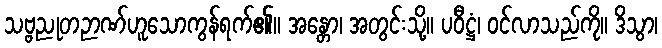
သဗ္ဗညုတဉာဏ်ဟူသောကွန်ရက်၏။ အန္တော၊ အတွင်းသို့။ ပဝီဋ္ဌံ၊ ဝင်လာသည်ကို။ ဒိသွာ၊